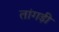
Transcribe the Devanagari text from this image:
तांगड़ी